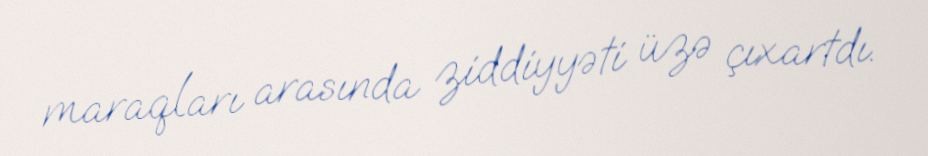
maraqları arasında ziddiyyəti üzə çıxartdı.